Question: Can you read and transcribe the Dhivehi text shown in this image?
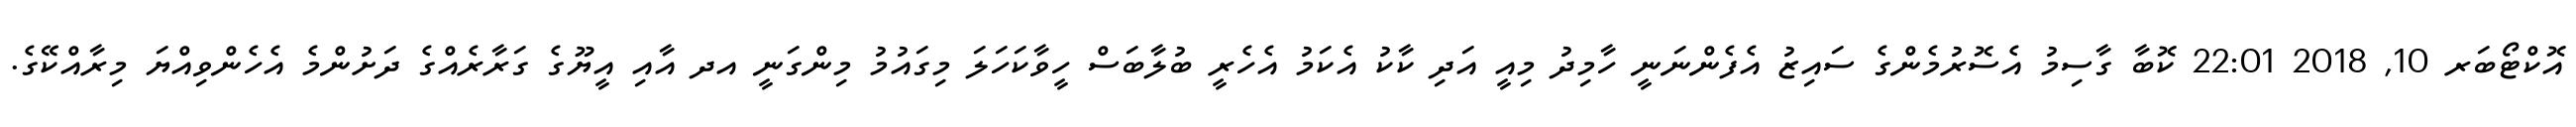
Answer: އޮކްޓޯބަރ 10, 2018 22:01 ކޮބާ ގާސިމު އެސޮރުމެންގެ ސައިޒު އެފެންނަނީ ހާމިދު މިއީ އަދި ކާކު އެކަމު އެހެރީ ބުލާބަސް ހީވާކަހަލަ މިގައުމު މިންގަނީ އދ އާއި އީޔޫގެ ގަރާރެއްގެ ދަށުންމެ އެހެންވިއްޔަ މިރާއްކޭގެ.